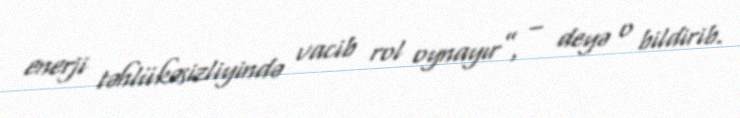
enerji təhlükəsizliyində vacib rol oynayır”, – deyə o bildirib.